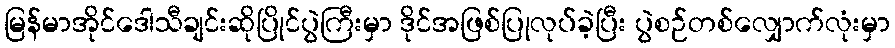
မြန်မာအိုင်ဒေါသီချင်းဆိုပြိုင်ပွဲကြီးမှာ ဒိုင်အဖြစ်ပြုလုပ်ခဲ့ပြီး ပွဲစဉ်တစ်လျှောက်လုံးမှာ